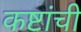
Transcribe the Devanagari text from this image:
कष्टांची